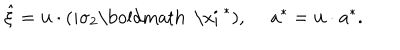
LaTeX: \hat { \xi } = { \bf u } \cdot ( i \sigma _ { 2 } \mathrm { \boldmath ~ \ x i ~ } ^ { * } ) , ~ ~ a ^ { * } = { \bf u } \cdot { \bf a } ^ { * } .